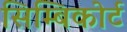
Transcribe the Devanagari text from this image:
सिम्बिकोर्ट